Punjab Mental Hospital Lahore 1932-46 - 1932-1946
Year: 1932
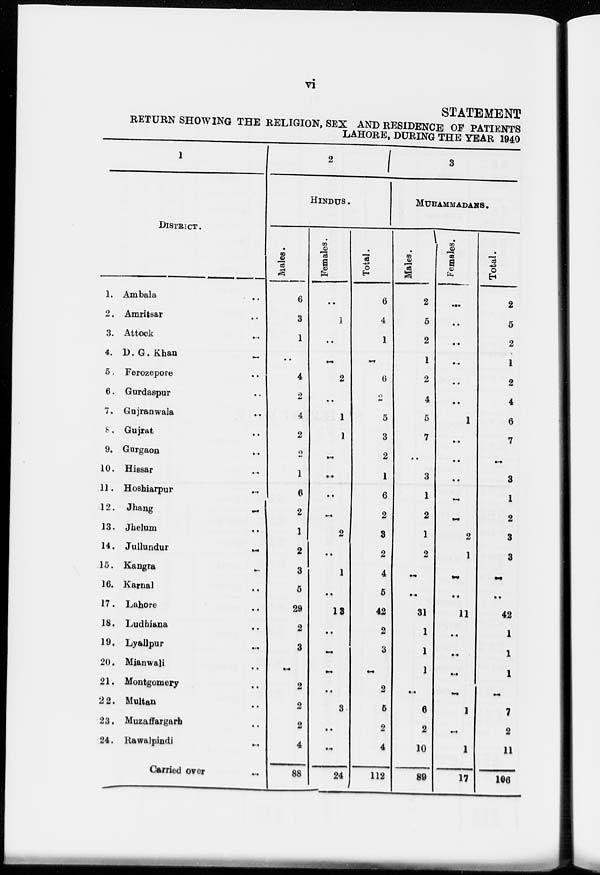
vi
STATEMENT
RETURN SHOWING THE RELIGION, SEX AND RESIDENCE OF PATIENTS
LAHORE, DURING THE YEAR 1940
1
DISTRICT.
1. Ambala ..
2. Amritsar ..
3. Attock ..
4. D.G. Khan
..
5. Ferozepore ..
6. Gurdaspur ..
7. Gujranwala ..
8. Gujrat ..
9. Gurgaon ..
10. Hissar ..
11. Hoshiarpur ..
12. Jhang
..
13. Jhelum ..
14. Jullundur
..
15. Kangra
..
16. Karnal ..
17. Lahore ..
18. Ludhiana ..
19. Lyallpur ..
20. Mianwali ..
21. Montgomery ..
22. Multan ..
23. Muzaffargarh ..
24. Rawalpindi ..
Carried over
..
2
HINDUS .
Males.
6
3
1
..
4
2
4
2
2
1
6
2
1
2
3
5
29
2
3
..
2
2
2
4
88
Females.
..
1
..
..
2
..
1
1
...
..
..
..
2
..
1
..
18
..
..
..
..
3
..
..
24
Total.
6
4
1
..
6
2
5
3
2
1
6
2
3
2
4
5
42
2
3
..
2
5
2
4
112
3
MUHAMMADANS.
Males.
2
5
2
1
2
4
5
7
..
3
1
2
1
2
..
..
31
1
1
1
..
6
2
10
89
Females.
..
..
..
..
..
..
1
..
..
..
..
..
2
1
..
..
11
..
..
..
..
1
..
1
17
Total.
2
5
2
1
2
4
6
7
..
3
1
2
3
3
..
..
42
1
1
1
..
7
2
11
106